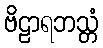
ဗိဠာရဘသ္တံ